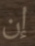
إن